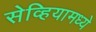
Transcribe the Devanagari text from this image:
सेव्हियामध्ये